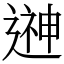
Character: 𨕫